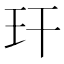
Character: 玕